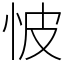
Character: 怶